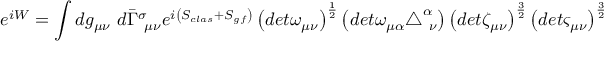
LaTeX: e ^ { i W } = \int d g _ { \mu \nu } ~ d \bar { \Gamma } _ { ~ \mu \nu } ^ { \sigma } e ^ { i \left( S _ { c l a s } + S _ { g f } \right) } \left( d e t \omega _ { \mu \nu } \right) ^ { \frac { 1 } { 2 } } \left( d e t \omega _ { \mu \alpha } \triangle _ { ~ \nu } ^ { \alpha } \right) \left( d e t \zeta _ { \mu \nu } \right) ^ { \frac { 3 } { 2 } } \left( d e t \varsigma _ { \mu \nu } \right) ^ { \frac { 3 } { 2 } }